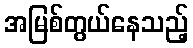
အမြစ်တွယ်နေသည့်